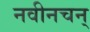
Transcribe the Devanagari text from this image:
नवीनचन्